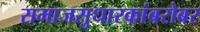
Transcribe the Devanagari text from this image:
समाजसुधारकांबरोबर